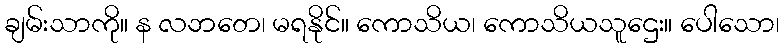
ချမ်းသာကို။ န လဘတေ၊ မရနိုင်။ ကောသိယ၊ ကောသိယသူဌေး။ ပေါသော၊